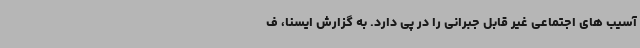
آسیب های اجتماعی غیر قابل جبرانی را در پی دارد. به گزارش ایسنا، ف